Lunatic asylums Central Provinces reports 1886-1894 - 1886-1894
Year: 1886
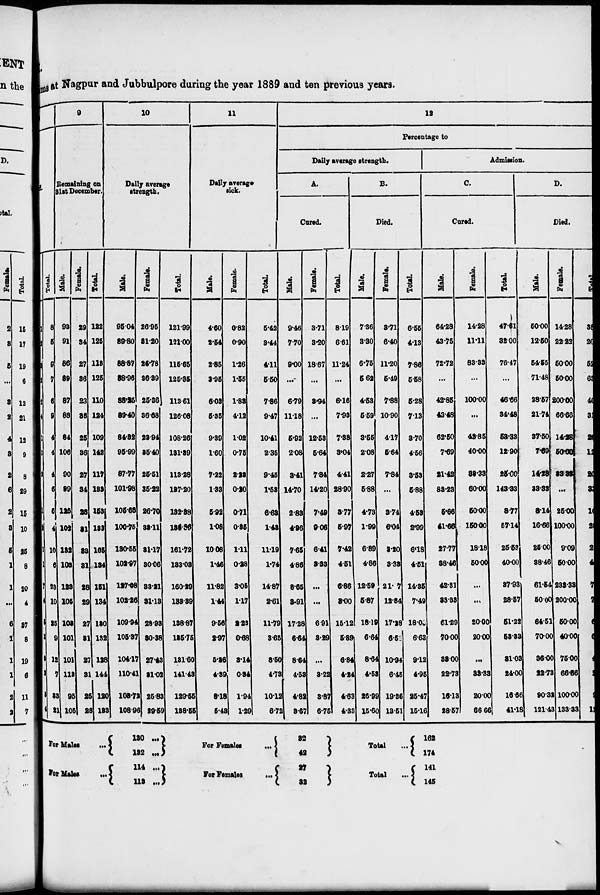
ms at Nagpur and Jubbulpore during the year 1889 and ten previous years.
Females.
1
2
3
2
2
4
1
2
2
1
1
2
1
1
7
4
5
2
3
2
5
4
Total.
8
5
9
7
6
9
4
4
4
6
6
4
10
6
23
10
25
9
12
7
33
21
9
Remaining on
31st December.
Male.
93
91
86
89
87
88
84
106
90
99
125
102
132
103
123
105
103
101
101
113
95
105
Female.
29
34
27
36
23
36
25
36
27
34
28
31
33
31
28
29
27
31
27
31
25
28
Total.
122
125
113
125
110
124
109
142
117
133
153
133
165
134
151
134
120
132
128
144
120
133
10
Daily average
strength.
Male.
95.04
89.80
88.87
88.96
88.25
89.40
84.32
95.99
87.77
101.98
105.68
100.75
130.55
102.97
127.08
102.26
109.94
105.37
104.17
110.41
108.72
108.96
Female.
26.95
31.20
26.78
36.39
25.36
36.68
23.94
35.40
25.51
35.22
26.70
33.11
31.17
30.06
33.21
31.13
28.93
30.38
27.43
31.02
25.83
29.59
Total.
121.99
121.00
115.65
125.35
113.61
126.08
108.26
131.39
113.28
137.20
132.38
138.86
161.72
133.03
160.29
133.39
138.87
135.75
131.60
141.43
129.55
138.55
11
Daily average
sick.
Male.
4.60
2.54
2.85
3.95
6.03
5.35
9.39
1.60
7.22
1.33
5.92
1.08
10.08
1.46
11.82
1.44
9.56
2.97
5.26
4.39
8.18
5.43
Female.
0.82
0.90
1.26
1.55
1.83
4.12
1.02
0.75
2.23
0.20
0.71
0.35
1.11
0.28
3.05
1.17
2.23
0.68
3.14
0.34
1.94
1.29
Total.
5.42
3.44
4.11
5.50
7.86
9.47
10.41
2.35
9.45
1.53
6.63
1.43
11.19
1.74
14.87
2.61
11.79
3.65
8.50
4.73
10.12
6.72
12
Percentage to
Daily average strength.
A.
Cured.
Male.
9.46
7.70
9.00
...
6.79
11.18
5.92
2.08
3.41
14.70
2.83
4.96
7.65
4.86
8.65
3.91
17.28
6.64
8.64
4.53
4.82
3.67
Female.
3.71
3.20
18.67
...
3.94
...
12.53
5.64
7.84
14.20
7.49
9.06
6.41
3.33
...
...
6.91
3.29
...
3.22
3.87
6.75
Total.
8.19
6.61
11.24
...
6.16
7.93
7.38
3.04
4.41
28.90
3.77
5.97
7.42
4.51
6.86
3.00
15.12
5.89
6.84
4.24
4.63
4.33
B.
Died.
Male.
7.36
3.30
6.75
5.62
4.53
5.59
3.55
2.08
2.27
5.88
4.73
1.99
6.89
4.86
12.59
5.87
18.19
6.64
8.64
4.53
26.99
15.60
Female.
3.71
6.40
11.20
5.49
7.88
10.90
4.17
5.64
7.84
...
3.74
6.04
8.20
3.33
21.7
12.84
17.28
6.52
10.94
6.45
19.36
13.51
Total.
6.55
4.13
7.86
5.58
6.28
7.13
3.70
4.56
8.53
5.88
4.53
2.99
6.18
4.51
14.35
7.49
18.09
6.63
9.12
4.95
25.47
15.16
Admission.
C.
Cured.
Male.
64.28
43.75
72.72
...
42.85
43.48
62.50
7.69
21.42
83.23
5.66
41.66
27.77
38.46
42.31
33.33
61.29
70.00
33.00
22.73
16.13
28.57
Female.
14.28
11.11
83.33
...
100.00
...
42.85
40.00
38.33
60.00
50.00
150.00
18.18
50.00
...
...
20.00
20.00
...
33.33
20.00
66.66
Total.
47.61
32.00
76.47
...
46.66
34.48
53.33
12.90
25.00
143.33
8.77
57.14
25.53
40.00
37.93
28.57
51.22
53.33
31.03
24.00
16.66
41.18
D.
Died.
Male.
50.00
12.50
54.55
71.48
28.57
21.74
37.50
7.69
14.28
33.33
8.14
16.66
25.00
38.46
61.54
50.00
64.51
70.00
36.00
22.73
90.32
121.43
Female.
14.28
22.22
50.00
50.00
200.00
66.66
14.28
50.00
33.33
...
25.00
100.00
9.09
50.00
233.33
200.00
50.00
40.00
75.00
66.66
100.00
133.33
Total
38
20
52
69
40
31
20
12
20
33
10
2
2
4
7
7
6
6
4
2
9
12
For Males
...
For Male ...
130
...
132 ...
114 ...
113 ...
For Females
...
For Females
...
32
42
27
32
Total ...
Total
...
162
174
141
145